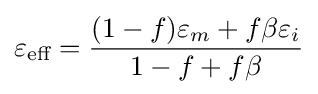
\varepsilon _{\text{eff}}={\frac {(1-f)\varepsilon _{m}+f\beta \varepsilon _{i}}{1-f+f\beta }}